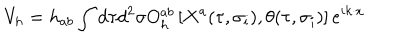
V _ { h } = h _ { a b } \int d \tau d ^ { 2 } \sigma O _ { h } ^ { a b } \left[ X ^ { a } ( \tau , \sigma _ { i } ) , \theta ( \tau , \sigma _ { i } ) \right] e ^ { i k \cdot x }